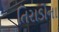
તિરાડોના